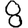
Digit: 8